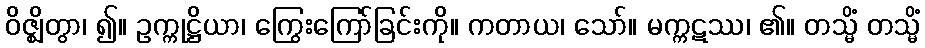
ဝိဇ္ဈိတွာ၊ ၍။ ဥက္ကုဋ္ဌိယာ၊ ကြွေးကြော်ခြင်းကို။ ကတာယ၊ သော်။ မက္ကဋဿ၊ ၏။ တသ္မိံ တသ္မိံ